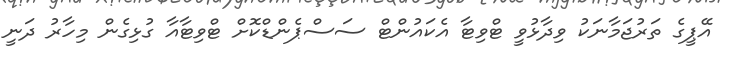
އޭޕީގެ ތަރުޖަމާނަކު ވިދާޅުވީ ޓްވިޓާ އެކައުންޓް ސަސްޕެންޑްކޮށް ޓްވިޓާއާ ގުޅިގެން މިހާރު ދަނީ